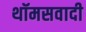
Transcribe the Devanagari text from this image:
थॉमसवादी